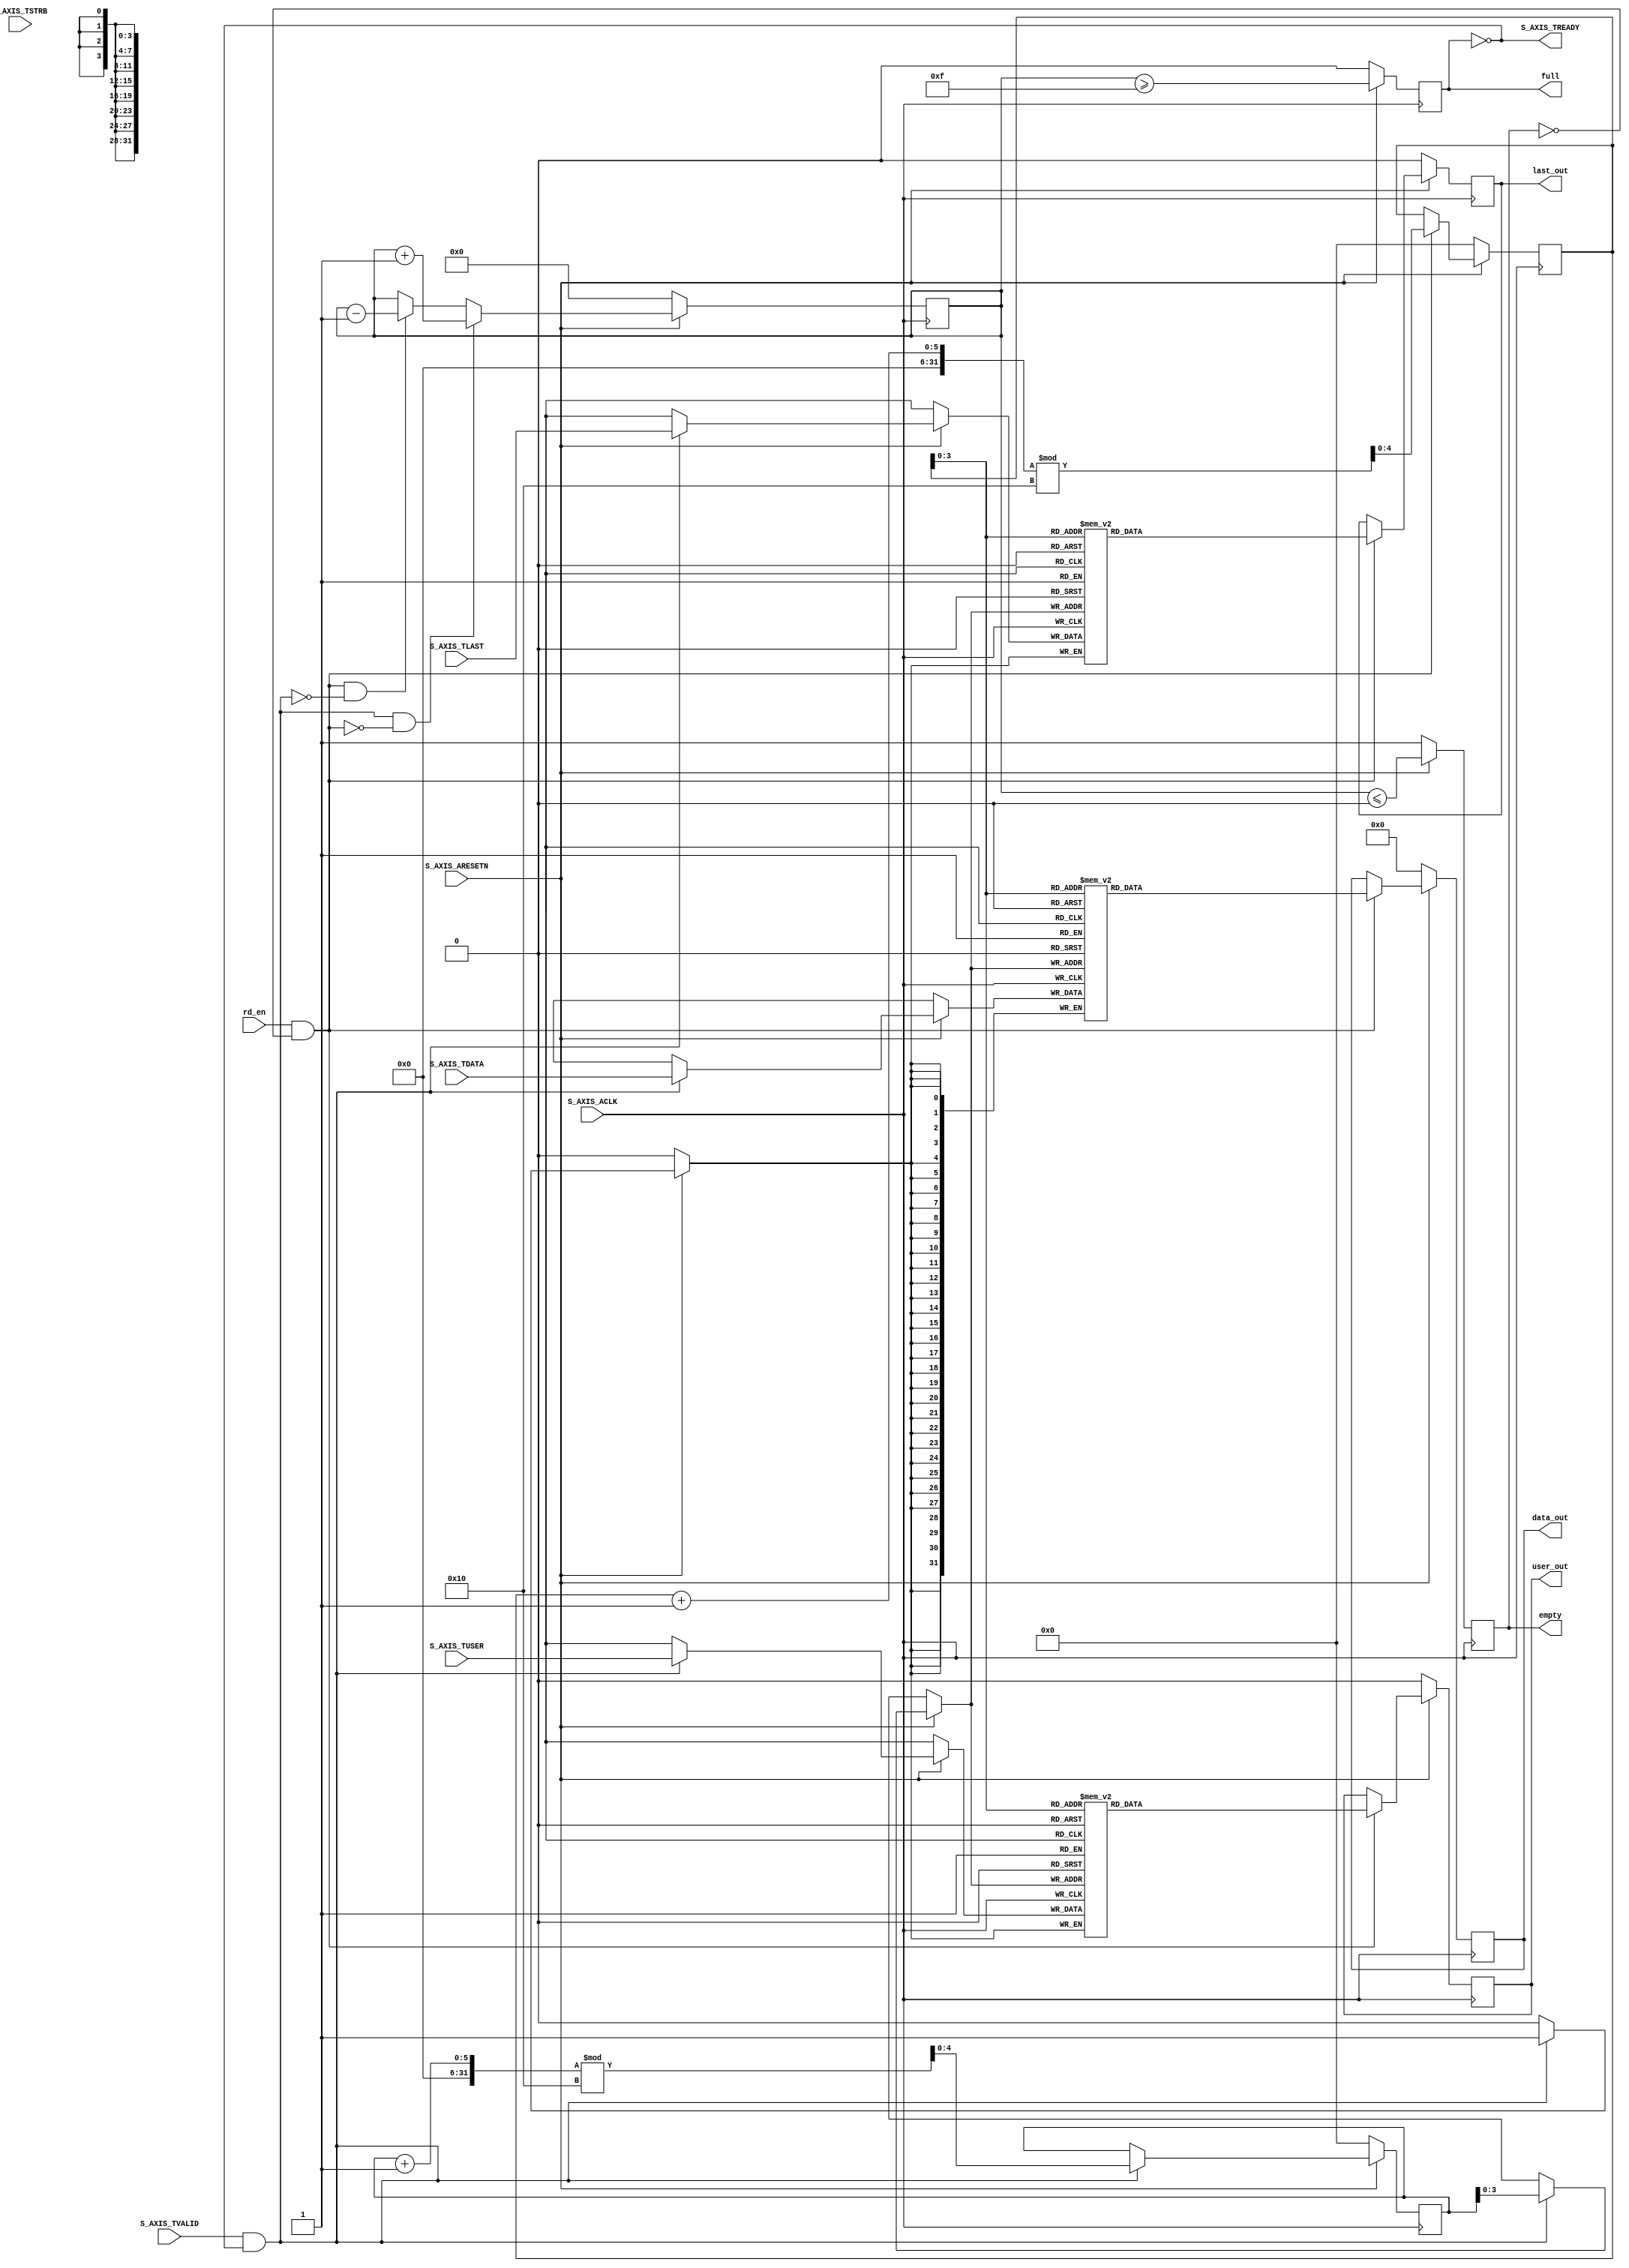
module S00_AXIS #(
    parameter C_S_AXIS_TDATA_WIDTH = 32,
    parameter C_S_AXIS_FIFO_DEPTH = 16
) (
    input wire S_AXIS_ACLK,
    input wire S_AXIS_ARESETN,
    // AXI Stream slave interface
    input wire S_AXIS_TVALID,
    output wire S_AXIS_TREADY,
    input wire [C_S_AXIS_TDATA_WIDTH-1:0] S_AXIS_TDATA,
	input wire [(C_S_AXIS_TDATA_WIDTH/8)-1 : 0] S_AXIS_TSTRB,
	input wire  S_AXIS_TUSER,
	input wire  S_AXIS_TLAST,
    // Read interface
    input wire rd_en,
    output reg [C_S_AXIS_TDATA_WIDTH-1:0] data_out,
    output reg full,
    output reg empty,
	output reg last_out,
	output reg user_out
);

    // Internal signals
    reg [C_S_AXIS_TDATA_WIDTH-1:0] mem_data [0:C_S_AXIS_FIFO_DEPTH-1];
	reg [0:0] mem_user [0:C_S_AXIS_FIFO_DEPTH-1];
	reg [0:0] mem_last [0:C_S_AXIS_FIFO_DEPTH-1];
    reg [$clog2(C_S_AXIS_FIFO_DEPTH):0] wr_ptr;
    reg [$clog2(C_S_AXIS_FIFO_DEPTH):0] rd_ptr;
    reg [$clog2(C_S_AXIS_FIFO_DEPTH+1):0] fifo_cnt;

    // Write operation with AXI Stream interface
    always @(posedge S_AXIS_ACLK) begin
        if (!S_AXIS_ARESETN) begin
            wr_ptr <= 0;
        end else if (S_AXIS_TVALID && !full) begin
            mem_data[wr_ptr] <= S_AXIS_TDATA;
			mem_user[wr_ptr] <= S_AXIS_TUSER;
			mem_last[wr_ptr] <= S_AXIS_TLAST;
            wr_ptr <= (wr_ptr + 1) % C_S_AXIS_FIFO_DEPTH;
        end
    end

    // Read operation
    always @(posedge S_AXIS_ACLK) begin
        if (!S_AXIS_ARESETN) begin
            rd_ptr <= 0;
            data_out <= 0;
            user_out <= 0;
            last_out <= 0;
        end else if (rd_en && !empty) begin
            data_out <= mem_data[rd_ptr];
			user_out <= mem_user[rd_ptr];
			last_out <= mem_last[rd_ptr];
            rd_ptr <= (rd_ptr + 1) % C_S_AXIS_FIFO_DEPTH;
        end
    end

    // FIFO count management
    always @(posedge S_AXIS_ACLK) begin
        if (!S_AXIS_ARESETN) begin
            fifo_cnt <= 0;
        end else begin
            if (S_AXIS_TVALID && !full && !(rd_en && !empty)) begin
                fifo_cnt <= fifo_cnt + 1;
            end else if (rd_en && !empty && !(S_AXIS_TVALID && !full)) begin
                fifo_cnt <= fifo_cnt - 1;
            end
        end
    end

    // FIFO status flags
    always @(posedge S_AXIS_ACLK) begin
        if (!S_AXIS_ARESETN) begin
            full <= 0;
            empty <= 1;
        end else begin
            full <= (fifo_cnt >= C_S_AXIS_FIFO_DEPTH - 1);
            empty <= (fifo_cnt <= 0);
        end
    end

    // AXI Stream ready signal
    assign S_AXIS_TREADY = !full;

endmodule